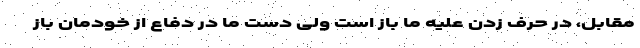
مقابل، در حرف زدن علیه ما باز است ولی دست ما در دفاع از خودمان باز